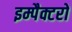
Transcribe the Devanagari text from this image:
इम्पैक्टरों